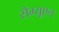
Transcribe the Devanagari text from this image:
सैम्यूएल